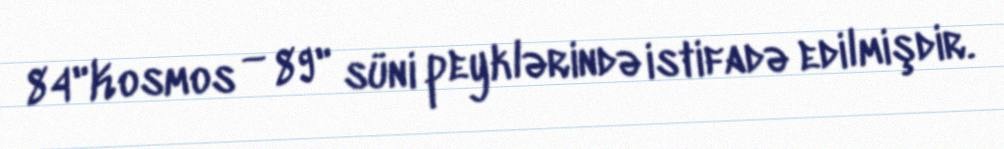
84"Kosmos — 89" süni peyklərində istifadə edilmişdir.